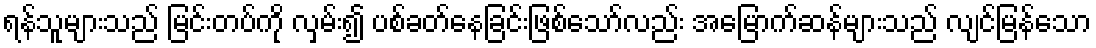
ရန်သူများသည် မြင်းတပ်ကို လှမ်း၍ ပစ်ခတ်နေခြင်းဖြစ်သော်လည်း အမြောက်ဆန်များသည် လျင်မြန်သော